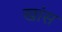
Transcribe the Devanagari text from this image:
खांस